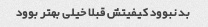
بد نبوود کیفیتش قبلا خیلی بهتر بوود